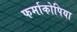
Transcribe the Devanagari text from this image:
फर्माकोपिया